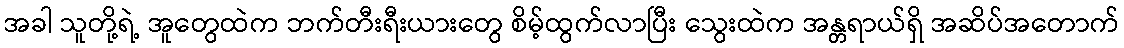
အခါ သူတို့ရဲ့ အူတွေထဲက ဘက်တီးရီးယားတွေ စိမ့်ထွက်လာပြီး သွေးထဲက အန္တရာယ်ရှိ အဆိပ်အတောက်